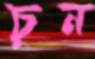
চুন